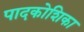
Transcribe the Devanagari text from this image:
पादकोशिका